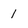
Character: 1